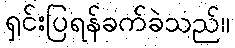
ရှင်းပြရန်ခက်ခဲသည်။